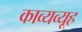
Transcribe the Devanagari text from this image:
काव्यव्यूह